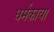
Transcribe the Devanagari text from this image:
धर्मकाया